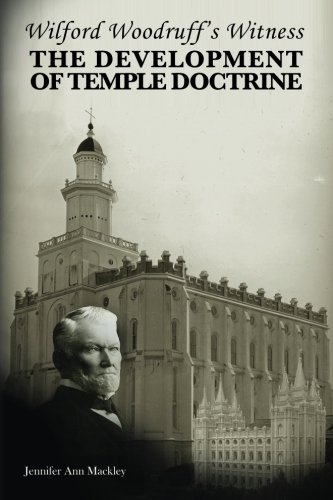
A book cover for Wilford Woodruff's Witness: The Development of Temple Doctrine; Jennifer Ann Mackley; Christian Books & Bibles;